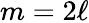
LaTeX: m=2\ell